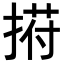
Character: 𢰆